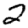
Digit: 2